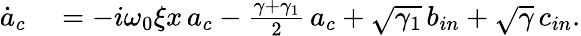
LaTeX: \begin{array}{rl}{\dot{a}_{c}}&{{}=-i\omega_{0}\xi x\, a_{c}-\frac{\gamma+\gamma_{1}}{2}\, a_{c}+\sqrt{\gamma_{1}}\, b_{in}+\sqrt{\gamma}\, c_{in}.}\end{array}